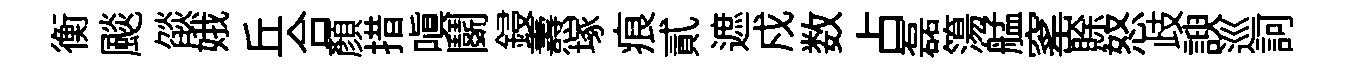
衡颷燄娥丘合顔措嗔鬬鋟燾塚痕貳遮戍数占磊簜艋窰賖怒歧諛巡訶